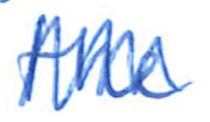
Text: the
Cross-out: zig-zag
Writing tool: ballpoint